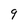
Character: 9